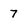
Character: 7